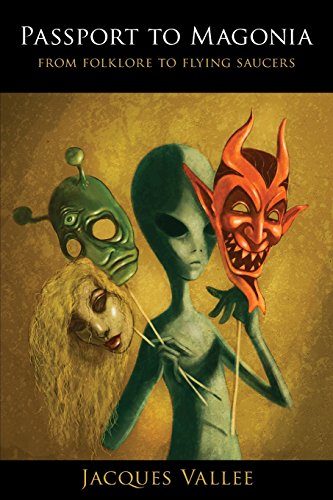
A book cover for Passport to Magonia: From Folklore to Flying Saucers; Jacques Vallee; Science & Math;